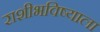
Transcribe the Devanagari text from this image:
राशीभविष्याला